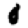
Digit: 0